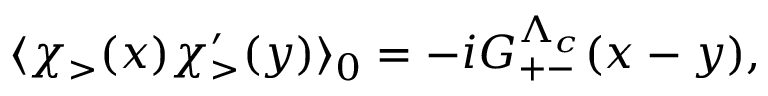
\langle \chi _ { > } ( x ) \chi _ { > } ^ { \prime } ( y ) \rangle _ { 0 } = - i G _ { + - } ^ { \Lambda _ { c } } ( x - y ) ,